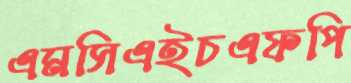
এমসিএইচএফপি